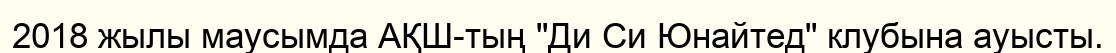
2018 жылы маусымда АҚШ-тың "Ди Си Юнайтед" клубына ауысты.